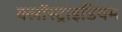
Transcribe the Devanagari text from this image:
क्लॉस्ट्राइडियम